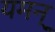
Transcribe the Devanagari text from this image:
यमन्